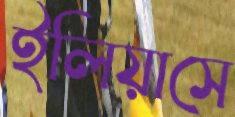
ইলিয়াসে